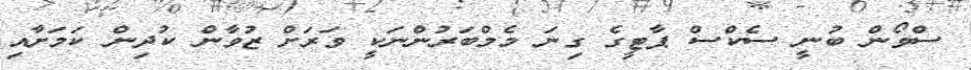
ސްވޯން ބުނީ ސެކްސް ޕާޓީގެ ގިނަ މެމްބަރުންނަކީ ވަރަށް ޒުވާން ކުދިން ކަމަށާއި